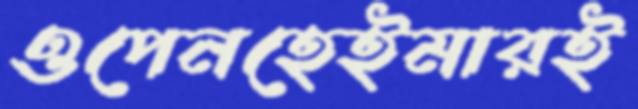
ওপেনহেইমারই